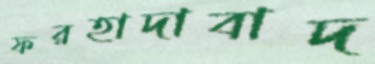
ফরহাদাবাদ